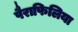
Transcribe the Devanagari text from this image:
पैराफिलिया